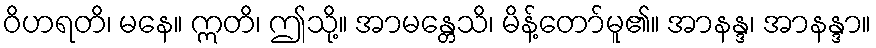
ဝိဟရတိ၊ မနေ။ ဣတိ၊ ဤသို့။ အာမန္တေသိ၊ မိန့်တော်မူ၏။ အာနန္ဒ၊ အာနန္ဒာ။